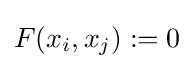
F(x_{i},x_{j}):=0